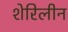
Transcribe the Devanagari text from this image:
शेरिलीन